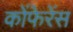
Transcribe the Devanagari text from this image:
कोंफेरेंस